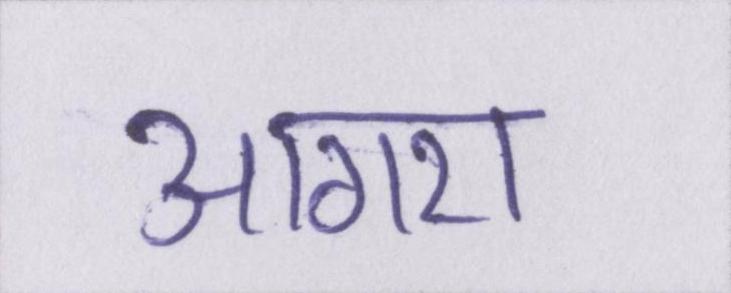
आगरा